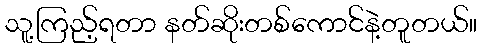
သူ့ကြည့်ရတာ နတ်ဆိုးတစ်ကောင်နဲ့တူတယ်။